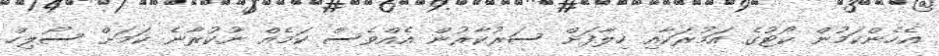
އެހެންކަމުން ކޯޓުގެ އަމުރަކާއި ހިލާފަށް ސަރުކާރުން އެއްވެސް ކަމެއް ނުކުރާނެ ކަމަށް ސޯލިހް